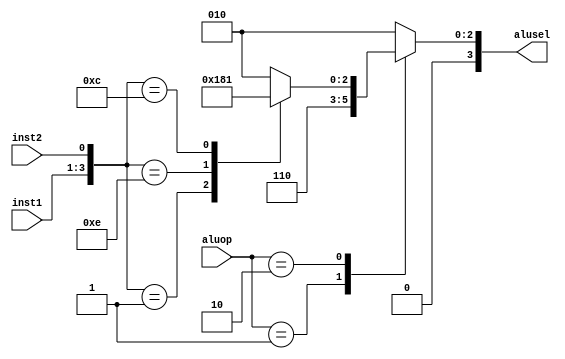
`timescale 1ns / 1ps
//////////////////////////////////////////////////////////////////////////////////
// Company: 
// Engineer: 
// 
// Design Name: 
// Module Name: alu_ctrl
// Project Name: 
// Target Devices: 
// Tool Versions: 
// Description: 
// 
// Dependencies: 
// 
// Revision:
// Revision 0.01 - File Created
// Additional Comments:
// 
//////////////////////////////////////////////////////////////////////////////////


module alu_ctrl(
input [1:0] aluop, input [2:0] inst1,input inst2,
output reg [3:0] alusel
    );
     always @(*) begin
       
       case(aluop)
         2'b00: begin
           alusel = 4'b0010;
         end
         2'b01: begin
           alusel = 4'b0110;
         end
         2'b10: begin
           case({inst1,inst2})
             4'b0000: begin
               alusel = 4'b0010;
             end
             4'b0001: begin
               alusel = 4'b0110;
             end
             4'b1110: begin
               alusel = 4'b0000;
             end
             4'b1100: begin
               alusel = 4'b0001;
             end
             default: begin
               alusel = 4'b0010;
             end
           endcase
         end
         default: begin
           alusel = 4'b0010;
         end
       endcase
    /*case({aluop,inst1,inst2})
    
    6'b000000: begin 
    alusel = 4'b0010;
    end
    
    6'b010000 : begin 
    alusel = 4'b0110;
    end 
     6'b100000 : begin 
        alusel = 4'b0010;
    end 
     6'b100001 : begin 
        alusel = 4'b0110;
    end 

 6'b101110 : begin 
        alusel = 4'b0000;
    end 

 6'b101100 : begin 
        alusel = 4'b0001;
    end 
    default: begin
     alusel = 4'b1111;
    end
    endcase 
    */
    end
endmodule